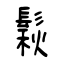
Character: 鬏